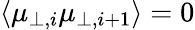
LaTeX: \langle\mu_{\perp,i}\mu_{\perp,i+1}\rangle=0